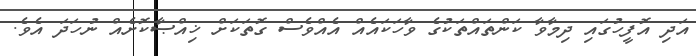
އަދި އޮފީހުގައި ދިމާވާ ކަންތައްތަކުގެ ވާހަކައެއް އެއްވެސް ގޮތަކަށް ޚިއްޞާކޮށެއް ނުހަދަ އެވެ.